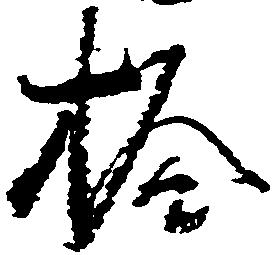
拾